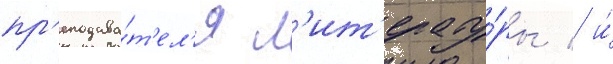
пр'еподава́т'ел'я л'ит'ерату́ры / и́